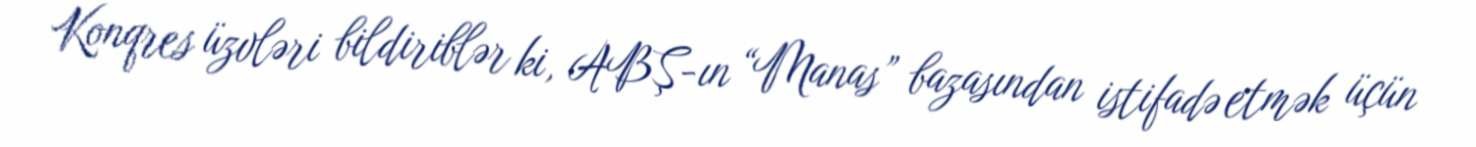
Konqres üzvləri bildiriblər ki, ABŞ-ın “Manas” bazasından istifadə etmək üçün